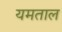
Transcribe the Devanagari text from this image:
यमताल